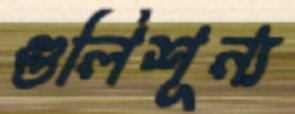
গুলিশূন্য